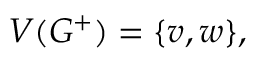
V ( G ^ { + } ) = \{ v , w \} ,